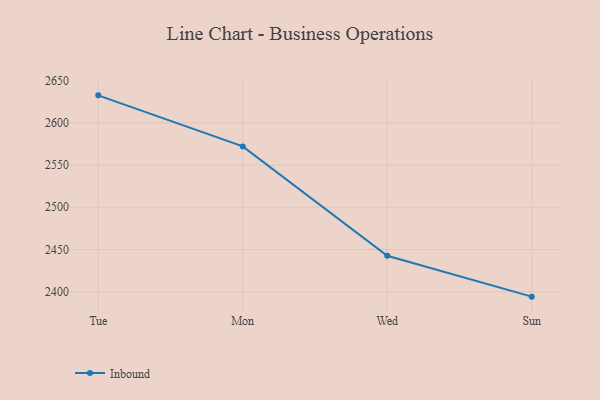
{"axis": {"x": "Day", "y": "Production Output"}, "legend": ["Inbound"], "data": [{"x": "Tue", "y": 2632.4, "type": "Inbound"}, {"x": "Mon", "y": 2572.0, "type": "Inbound"}, {"x": "Wed", "y": 2442.5, "type": "Inbound"}, {"x": "Sun", "y": 2394.2, "type": "Inbound"}]}